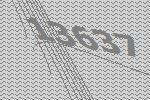
13637